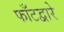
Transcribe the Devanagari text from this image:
फाँटद्वारे